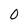
Character: O